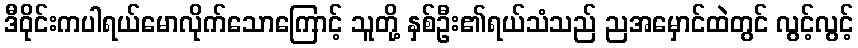
ဒီဝိုင်းကပါရယ်မောလိုက်သောကြောင့် သူတို့ နှစ်ဦး၏ရယ်သံသည် ညအမှောင်ထဲတွင် လွင့်လွင့်